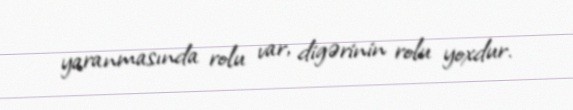
yaranmasında rolu var, digərinin rolu yoxdur.